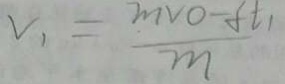
v _ { 1 } = \frac { m V O - f t _ { 1 } } { m }